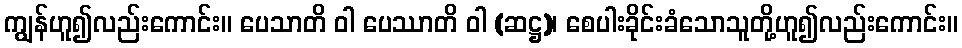
ကျွန်ဟူ၍လည်းကောင်း။ ပေသာတိ ဝါ ပေဿာတိ ဝါ (ဆဋ္ဌ)၊ စေပါးခိုင်းခံသောသူတို့ဟူ၍လည်းကောင်း။